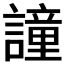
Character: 𧬤